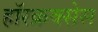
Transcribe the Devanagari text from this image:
हॉरक्रक्सेस